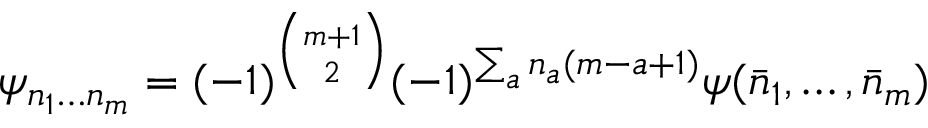
\psi _ { n _ { 1 } \ldots n _ { m } } = ( - 1 ) ^ { { \binom { m + 1 } { 2 } } } ( - 1 ) ^ { \sum _ { a } n _ { a } ( m - a + 1 ) } \psi ( \bar { n } _ { 1 } , \ldots , \bar { n } _ { m } )